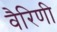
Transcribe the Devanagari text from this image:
वैरिणी